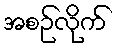
အစဉ်လိုက်